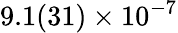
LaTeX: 9.1(31)\times 10^{-7}